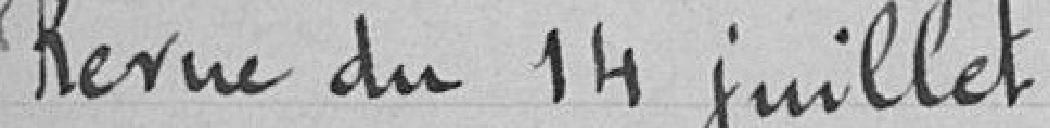
Revue du 14 juillet